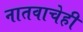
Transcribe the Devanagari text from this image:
नातवाचेही